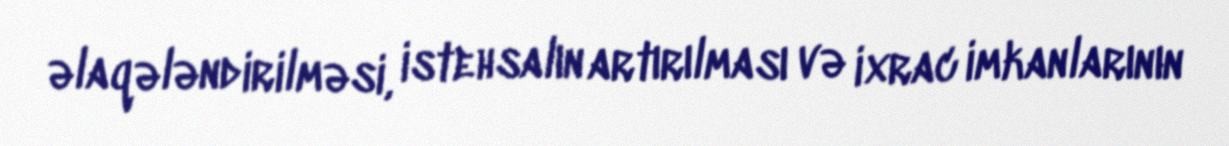
əlaqələndirilməsi, istehsalın artırılması və ixrac imkanlarının